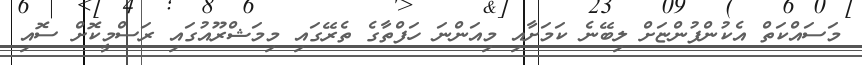
މަސައްކަތް އެކުންފުންޏަށް ލިބޭނެ ކަމަށާއި މިއަންނަ ހަފްތާގެ ތެރޭގައި މިމަޝްރޫއުގައި ރަސްމީކޮށް ސޮއި